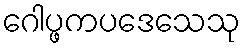
ဂေါပ္ဖကပဒေသေသု